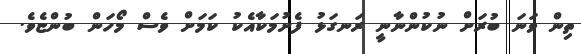
ތިން ވަނަ ބުރަށް ނުކުންނާނީ ރަނގަޅު ފެށުމަކާއެކު ކަމަށް ވެސް މޯހަން ބުންޏެވެ.